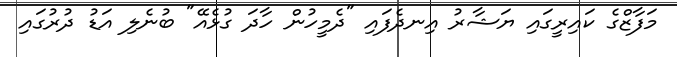
މަފާޒްގެ ކައިރީގައި ޔަޝާރު އިނދެފައި "ދެމީހުން ހާދަ ގުޅެއޭ" ބުނެލި އަޑު ދުރުގައި